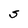
Character: S